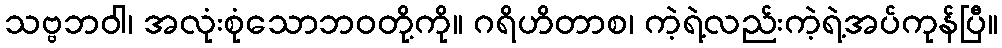
သဗ္ဗဘဝါ၊ အလုံးစုံသောဘဝတို့ကို။ ဂရိဟိတာစ၊ ကဲ့ရဲ့လည်းကဲ့ရဲ့အပ်ကုန်ပြီ။